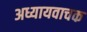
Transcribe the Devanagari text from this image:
अध्यायवाचक